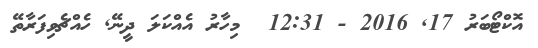
އޮކްޓޯބަރު 17